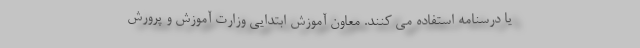
یا درسنامه استفاده می کنند. معاون آموزش ابتدایی وزارت آموزش و پرورش